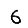
Digit: 6